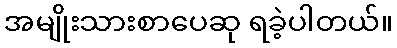
အမျိုးသားစာပေဆု ရခဲ့ပါတယ်။